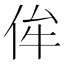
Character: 侔